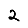
Digit: 2